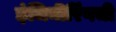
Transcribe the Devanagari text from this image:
इंजिनीरिंगची